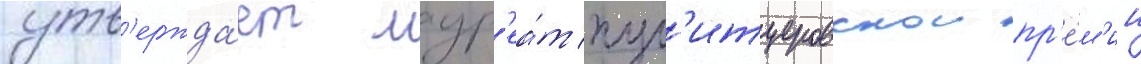
утв'ержда́ет лаур'еа́т пул'итцеровскои пр'е́м'ии